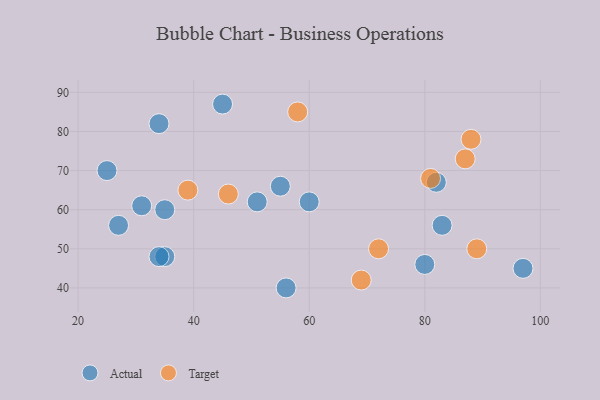
{"axis": {"x": "GDP", "y": "Life Expectancy"}, "legend": ["Actual", "Target"], "data": [{"x": "35", "y": 60, "type": "Actual"}, {"x": "45", "y": 87, "type": "Actual"}, {"x": "56", "y": 40, "type": "Actual"}, {"x": "35", "y": 48, "type": "Actual"}, {"x": "34", "y": 82, "type": "Actual"}, {"x": "55", "y": 66, "type": "Actual"}, {"x": "60", "y": 62, "type": "Actual"}, {"x": "27", "y": 56, "type": "Actual"}, {"x": "51", "y": 62, "type": "Actual"}, {"x": "34", "y": 48, "type": "Actual"}, {"x": "25", "y": 70, "type": "Actual"}, {"x": "82", "y": 67, "type": "Actual"}, {"x": "31", "y": 61, "type": "Actual"}, {"x": "80", "y": 46, "type": "Actual"}, {"x": "97", "y": 45, "type": "Actual"}, {"x": "83", "y": 56, "type": "Actual"}, {"x": "69", "y": 42, "type": "Target"}, {"x": "88", "y": 78, "type": "Target"}, {"x": "39", "y": 65, "type": "Target"}, {"x": "72", "y": 50, "type": "Target"}, {"x": "87", "y": 73, "type": "Target"}, {"x": "89", "y": 50, "type": "Target"}, {"x": "46", "y": 64, "type": "Target"}, {"x": "81", "y": 68, "type": "Target"}, {"x": "58", "y": 85, "type": "Target"}]}